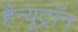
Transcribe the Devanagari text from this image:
हैन्यूट्रॉन